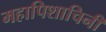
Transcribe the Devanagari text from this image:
महापिशाचिनी